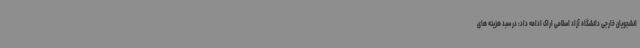
انشجویان خارجی دانشگاه آزاد اسلامی اراک ادامه داد: در سبد هزینه های